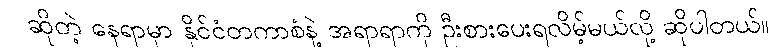
ဆိုတဲ့ နေရာမှာ နိုင်ငံတကာစံနဲ့ အရာရာကို ဦးစားပေးရလိမ့်မယ်လို့ ဆိုပါတယ်။